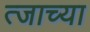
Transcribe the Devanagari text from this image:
त्जाच्या